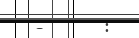
-      :